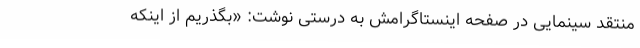
منتقد سینمایی در صفحه اینستاگرامش به درستی نوشت: «بگذریم از اینکه